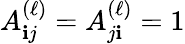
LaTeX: A_{\mathbf{i}j}^{(\ell)}=A_{j\mathbf{i}}^{(\ell)}=1